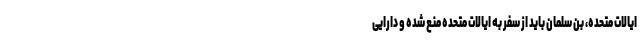
ایالات متحده، بن سلمان باید از سفر به ایالات متحده منع شده و دارایی